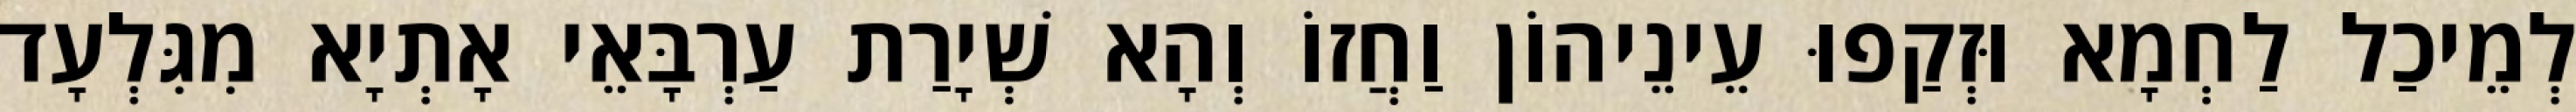
לְמֵיכַל לַחְמָא וּזְקַפוּ עֵינֵיהוֹן וַחֲזוֹ וְהָא שְׁיָרַת עַרְבָּאֵי אָתְיָא מִגִּלְעָד